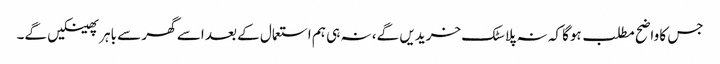
جس کا واضح مطلب ہوگا کہ نہ پلاسٹک خریدیں گے، نہ ہی ہم استعمال کے بعد اسے گھر سے باہر پھینکیں گے۔